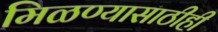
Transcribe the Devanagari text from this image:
मिळण्यासाठीही